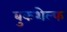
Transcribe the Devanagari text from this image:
बुकशेल्फ